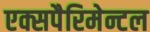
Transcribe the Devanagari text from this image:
एक्सपैरिमेन्टल